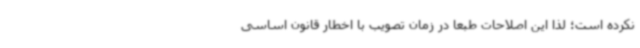
نکرده است؛ لذا این اصلاحات طبعاً در زمان تصویب با اخطار قانون اساسی